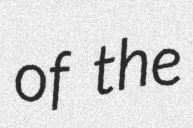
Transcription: of the